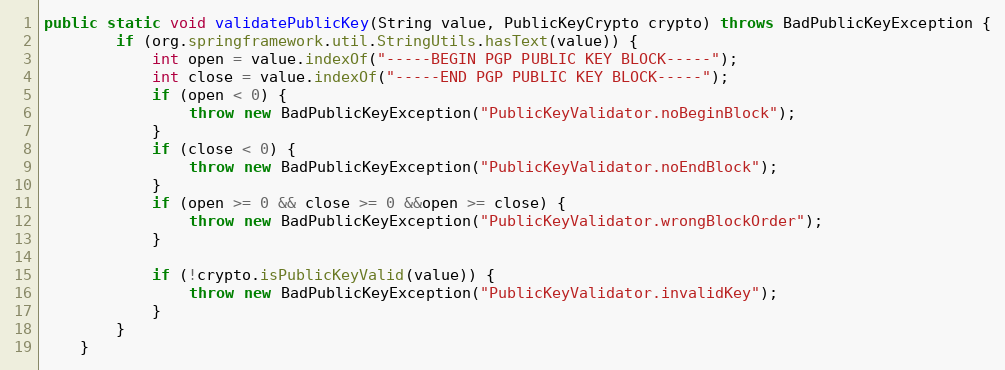
Language: Java
public static void validatePublicKey(String value, PublicKeyCrypto crypto) throws BadPublicKeyException {
        if (org.springframework.util.StringUtils.hasText(value)) {
            int open = value.indexOf("-----BEGIN PGP PUBLIC KEY BLOCK-----");
            int close = value.indexOf("-----END PGP PUBLIC KEY BLOCK-----");
            if (open < 0) {
                throw new BadPublicKeyException("PublicKeyValidator.noBeginBlock");
            }
            if (close < 0) {
                throw new BadPublicKeyException("PublicKeyValidator.noEndBlock");
            }
            if (open >= 0 && close >= 0 &&open >= close) {
                throw new BadPublicKeyException("PublicKeyValidator.wrongBlockOrder");
            }

            if (!crypto.isPublicKeyValid(value)) {
                throw new BadPublicKeyException("PublicKeyValidator.invalidKey");
            }
        }
    }